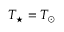
T _ { \star } = T _ { \odot }